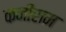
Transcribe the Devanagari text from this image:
कनीराम